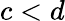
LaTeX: c<d